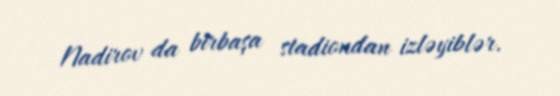
Nadirov da birbaşa stadiondan izləyiblər.